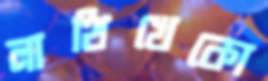
লাথিখেকো